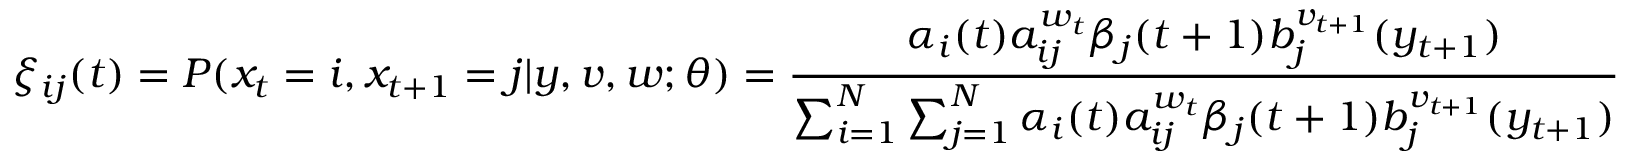
\xi _ { i j } ( t ) = P ( x _ { t } = i , x _ { t + 1 } = j | y , v , w ; \theta ) = { \frac { \alpha _ { i } ( t ) a _ { i j } ^ { w _ { t } } \beta _ { j } ( t + 1 ) b _ { j } ^ { v _ { t + 1 } } ( y _ { t + 1 } ) } { \sum _ { i = 1 } ^ { N } \sum _ { j = 1 } ^ { N } \alpha _ { i } ( t ) a _ { i j } ^ { w _ { t } } \beta _ { j } ( t + 1 ) b _ { j } ^ { v _ { t + 1 } } ( y _ { t + 1 } ) } }